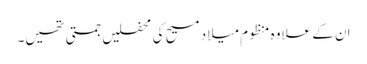
ان کے علاوہ منظوم میلادِ مسیح کی محفلیں جمتی تھیں۔